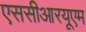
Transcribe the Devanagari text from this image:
एससीआरयूएम